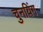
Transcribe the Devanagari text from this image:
चुनयिंग